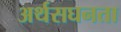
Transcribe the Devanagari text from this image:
अर्थसघनता